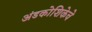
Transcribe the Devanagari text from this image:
अंडकोशिकेचे